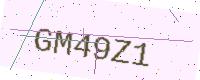
Text: GM49Z1